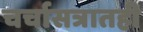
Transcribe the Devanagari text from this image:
चर्चासत्रातही